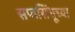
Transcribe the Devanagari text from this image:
सप्तसिंधूच्या